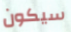
سيكون